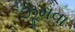
ઝૂમવા